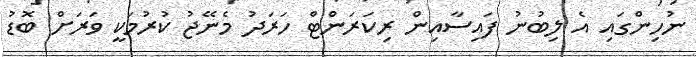
ނުހިންގައި އެ ލިބުނު ފައިސާއިން ރިކަރަންޓް ހަރަދު މެނޭޖު ކުރުމަކީ ވަރަށް ބޮޑު